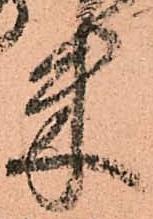
米